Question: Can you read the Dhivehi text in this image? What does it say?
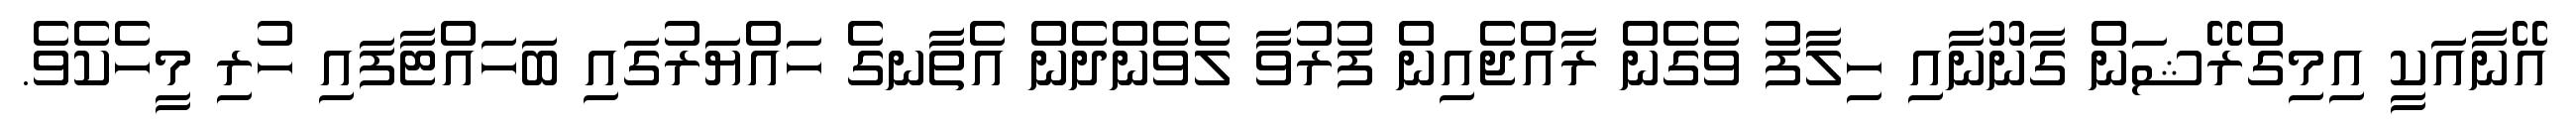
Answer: އޭނާއަކީ އިމިގްރޭޝަން ގާނޫނާއި ހިލާފު ވެގެން ރާއްޖެއިން ފުރުވާ ލެވެންދެން އެތާނގެ ހައްޔަރުގައި ބަހައްޓާފައި ހުރި މީހެކެވެ.